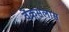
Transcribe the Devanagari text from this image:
वेंकसलास